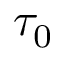
\tau _ { 0 }